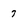
Character: 7